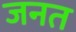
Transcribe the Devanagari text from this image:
जनत